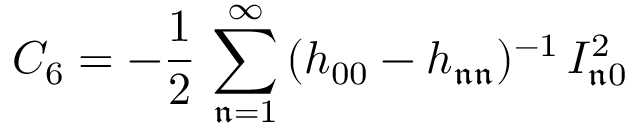
C _ { 6 } = - \frac { 1 } { 2 } \, \sum _ { \mathfrak { n } = 1 } ^ { \infty } \, ( h _ { 0 0 } - h _ { \mathfrak { n } \mathfrak { n } } ) ^ { - 1 } \, I _ { \mathfrak { n } 0 } ^ { 2 }